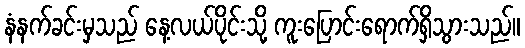
နံနက်ခင်းမှသည် နေ့လယ်ပိုင်းသို့ ကူးပြောင်းရောက်ရှိသွားသည်။